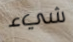
شيء